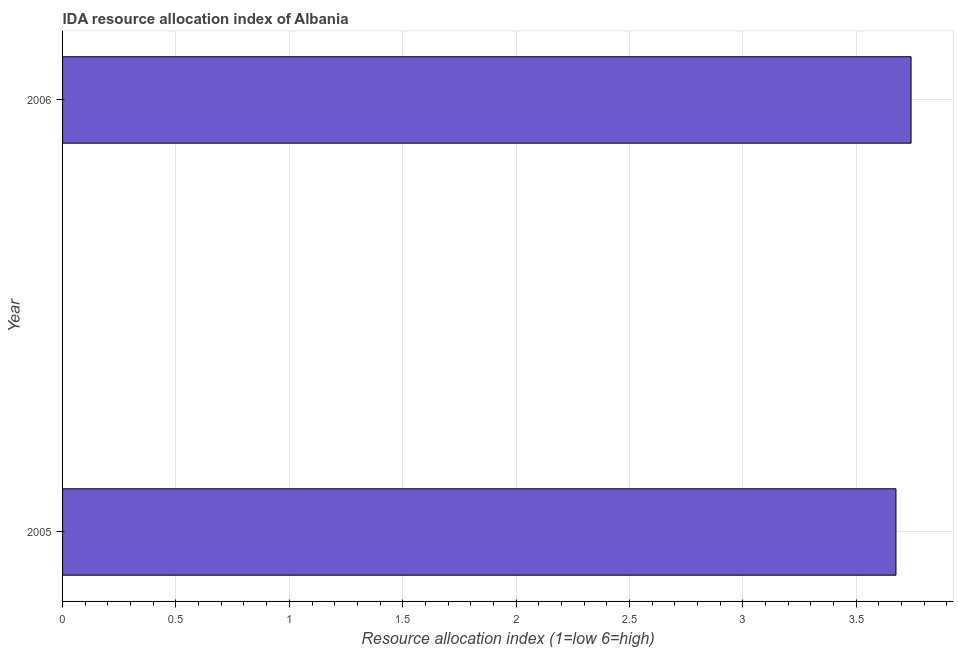
| Year | IDA resource allocation index |
 | --- | --- |
 | 2005 | 3.67 |
 | 2006 | 3.74 |